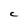
Character: C